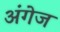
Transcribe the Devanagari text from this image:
अंगेज